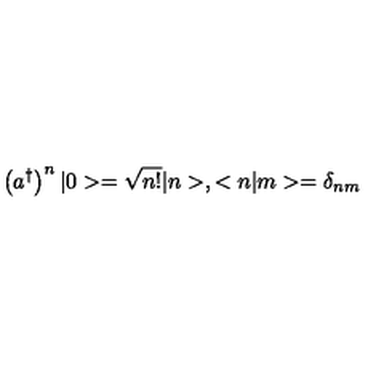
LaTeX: \left( a ^ { \dagger } \right) ^ { n } | 0 > = \sqrt { n ! } | n > , < n | m > = \delta _ { n m }